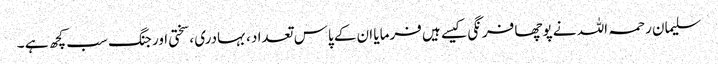
سلیمان رحمہ اللہ نے پوچھا فرنگی کیسے ہیں فرمایا ان کے پاس تعداد ، بہادری ، سختی اور جنگ سب کچھ ہے ۔